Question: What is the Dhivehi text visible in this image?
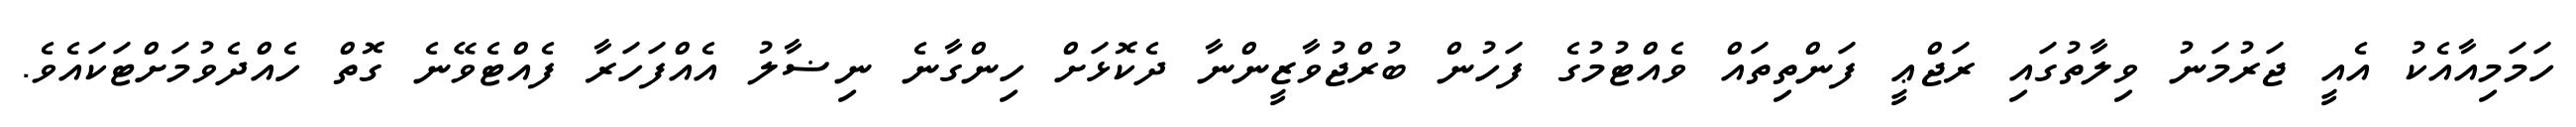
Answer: ހަމަމިއާއެކު އެއީ ޖަރުމަނު ވިލާތުގައި ރަޖްޢީ ފަންތިތައް ވެއްޓުމުގެ ފަހުން ބުރްޖުވާޒީންނާ ދެކޮޅަށް ހިންގާނެ ނިޟާލު އެއްފަހަރާ ފެއްޓެވޭނެ ގޮތް ހެއްދެވުމަށްޓަކައެވެ.